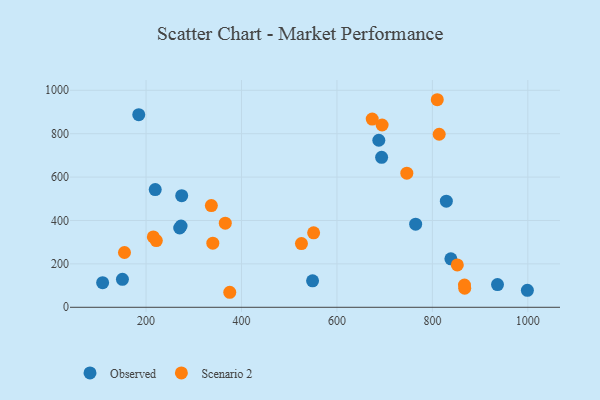
{"axis": {"x": "Investment", "y": "Exam Score"}, "legend": ["Observed", "Scenario 2"], "data": [{"x": "693.6", "y": 691.1, "type": "Observed"}, {"x": "999.0", "y": 78.2, "type": "Observed"}, {"x": "687.7", "y": 769.8, "type": "Observed"}, {"x": "184.7", "y": 887.4, "type": "Observed"}, {"x": "150.5", "y": 128.7, "type": "Observed"}, {"x": "219.2", "y": 542.3, "type": "Observed"}, {"x": "829.2", "y": 489.1, "type": "Observed"}, {"x": "270.5", "y": 365.3, "type": "Observed"}, {"x": "548.9", "y": 121.9, "type": "Observed"}, {"x": "936.4", "y": 104.7, "type": "Observed"}, {"x": "764.9", "y": 383.0, "type": "Observed"}, {"x": "838.7", "y": 223.4, "type": "Observed"}, {"x": "274.7", "y": 514.2, "type": "Observed"}, {"x": "273.3", "y": 374.1, "type": "Observed"}, {"x": "109.0", "y": 113.4, "type": "Observed"}, {"x": "867.7", "y": 87.7, "type": "Scenario 2"}, {"x": "814.2", "y": 797.4, "type": "Scenario 2"}, {"x": "694.6", "y": 840.0, "type": "Scenario 2"}, {"x": "867.2", "y": 102.4, "type": "Scenario 2"}, {"x": "746.4", "y": 618.0, "type": "Scenario 2"}, {"x": "525.6", "y": 293.6, "type": "Scenario 2"}, {"x": "375.4", "y": 69.2, "type": "Scenario 2"}, {"x": "215.2", "y": 324.3, "type": "Scenario 2"}, {"x": "366.0", "y": 387.8, "type": "Scenario 2"}, {"x": "852.2", "y": 195.3, "type": "Scenario 2"}, {"x": "673.9", "y": 867.2, "type": "Scenario 2"}, {"x": "336.8", "y": 468.5, "type": "Scenario 2"}, {"x": "810.2", "y": 956.5, "type": "Scenario 2"}, {"x": "339.9", "y": 295.3, "type": "Scenario 2"}, {"x": "154.8", "y": 252.5, "type": "Scenario 2"}, {"x": "221.5", "y": 307.3, "type": "Scenario 2"}, {"x": "551.1", "y": 343.2, "type": "Scenario 2"}]}